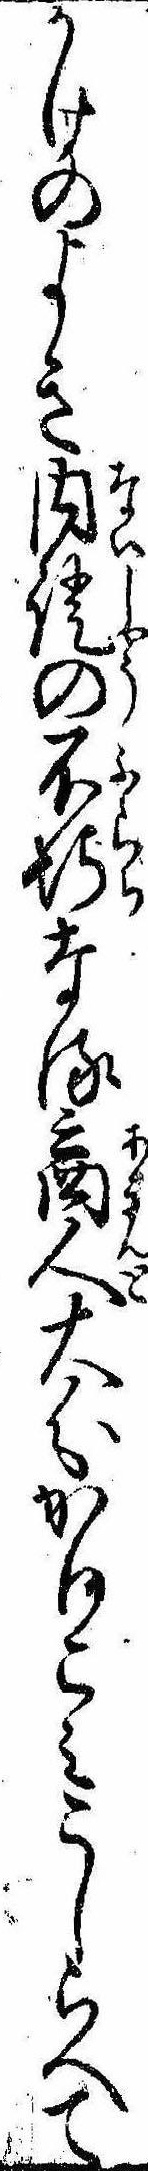
かけのよき内証の不埒なる商人大分かりこみこしらへて